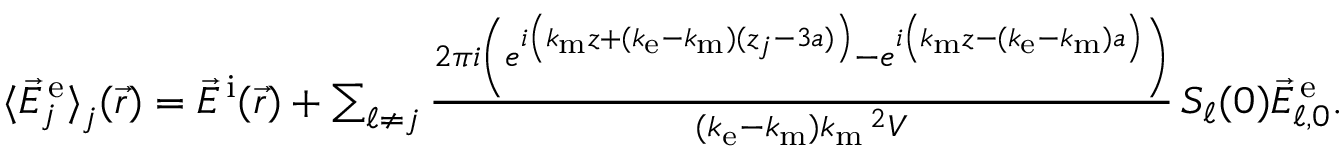
\begin{array} { r } { \langle \vec { E } _ { j } ^ { \mathrm { \, e } } \rangle _ { { \textstyle \mathstrut } j } ( \vec { r } ) = \vec { E } ^ { \mathrm { \, i } } ( \vec { r } ) + \sum _ { \ell \neq j } \frac { 2 \pi i \left( e ^ { i \left( k _ { \mathrm { m } } z + ( k _ { \mathrm { e } } - k _ { \mathrm { m } } ) ( z _ { j } - 3 a ) \vphantom { b ^ { 2 } } \right) } - e ^ { i \left( k _ { \mathrm { m } } z - ( k _ { \mathrm { e } } - k _ { \mathrm { m } } ) a \vphantom { b ^ { 2 } } \right) } \right) } { ( k _ { \mathrm { e } } - k _ { \mathrm { m } } ) k _ { \mathrm { m } } \, \! \! \, \! \, \, \! \, \, \! \! \, \! \, \, \! \! \, \! \! \, \! \, \, \! \! \, \! \! \, \! \, \, \! \, \, \! \! \, \! \, \, \! \! \, \! \! \, \! \, \, \! \, \, \! \! \, \! \, \, \! \, \, \! \! \, \! \, \, \! \! \, \! \! \, \! \, \, \! \, \, \! \! \, \! \, \, \! \, \, \! \! ^ { 2 } V } \, S _ { \ell } ( 0 ) \vec { E } _ { \ell , 0 } ^ { \mathrm { \, e } } . } \end{array}